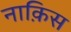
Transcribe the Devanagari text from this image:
नाक़िस